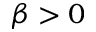
\beta > 0